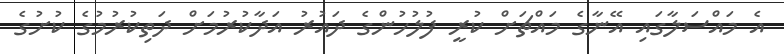
އެ މައްސަލާގައި އޭނާގެ މައްޗަށް ކުރީ ފުލުހުންގެ ދައުރު އަދާކުރުމަށް ދަތިކުރުމުގެ ކުށުގެ